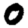
Digit: 0